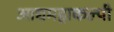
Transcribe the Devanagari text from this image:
आद्यमहाकल्पी